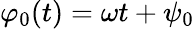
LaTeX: \varphi_{0}(t)=\omega t+\psi_{0}